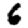
Digit: 6